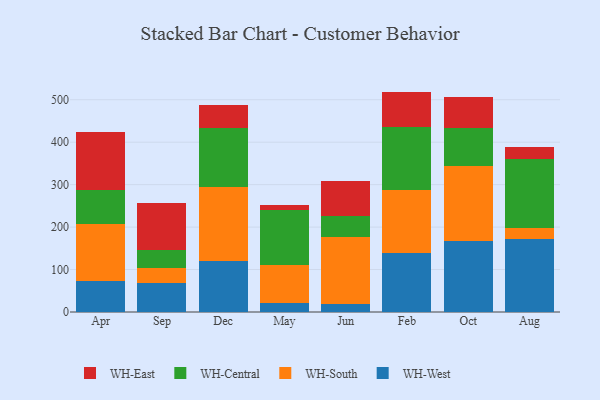
{"axis": {"x": "Month", "y": "Humidity (%)"}, "legend": ["WH-Central", "WH-East", "WH-South", "WH-West"], "data": [{"x": "Apr", "y": 72.7, "type": "WH-West"}, {"x": "Apr", "y": 135.3, "type": "WH-South"}, {"x": "Apr", "y": 79.5, "type": "WH-Central"}, {"x": "Apr", "y": 135.7, "type": "WH-East"}, {"x": "Sep", "y": 68.7, "type": "WH-West"}, {"x": "Sep", "y": 34.3, "type": "WH-South"}, {"x": "Sep", "y": 42.1, "type": "WH-Central"}, {"x": "Sep", "y": 112.4, "type": "WH-East"}, {"x": "Dec", "y": 119.7, "type": "WH-West"}, {"x": "Dec", "y": 175.8, "type": "WH-South"}, {"x": "Dec", "y": 136.9, "type": "WH-Central"}, {"x": "Dec", "y": 55.7, "type": "WH-East"}, {"x": "May", "y": 20.7, "type": "WH-West"}, {"x": "May", "y": 90.6, "type": "WH-South"}, {"x": "May", "y": 129.7, "type": "WH-Central"}, {"x": "May", "y": 9.9, "type": "WH-East"}, {"x": "Jun", "y": 19.4, "type": "WH-West"}, {"x": "Jun", "y": 157.3, "type": "WH-South"}, {"x": "Jun", "y": 50.4, "type": "WH-Central"}, {"x": "Jun", "y": 80.6, "type": "WH-East"}, {"x": "Feb", "y": 140.0, "type": "WH-West"}, {"x": "Feb", "y": 147.9, "type": "WH-South"}, {"x": "Feb", "y": 148.9, "type": "WH-Central"}, {"x": "Feb", "y": 82.4, "type": "WH-East"}, {"x": "Oct", "y": 166.7, "type": "WH-West"}, {"x": "Oct", "y": 177.7, "type": "WH-South"}, {"x": "Oct", "y": 88.3, "type": "WH-Central"}, {"x": "Oct", "y": 74.7, "type": "WH-East"}, {"x": "Aug", "y": 171.4, "type": "WH-West"}, {"x": "Aug", "y": 27.2, "type": "WH-South"}, {"x": "Aug", "y": 162.7, "type": "WH-Central"}, {"x": "Aug", "y": 28.1, "type": "WH-East"}]}